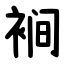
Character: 裥